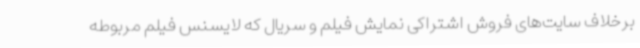
برخلاف سایت‌های فروش اشتراکی نمایش فیلم و سریال که لایسنس فیلم مربوطه